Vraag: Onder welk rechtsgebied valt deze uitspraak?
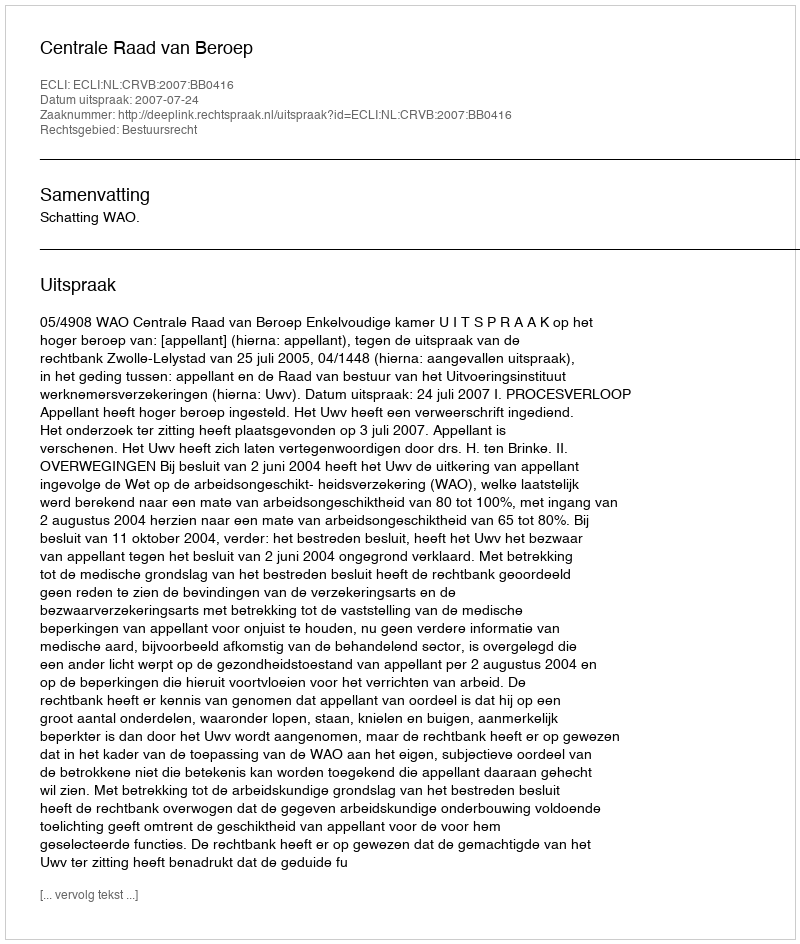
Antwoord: Bestuursrecht